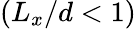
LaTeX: (L_{x}/d<1)